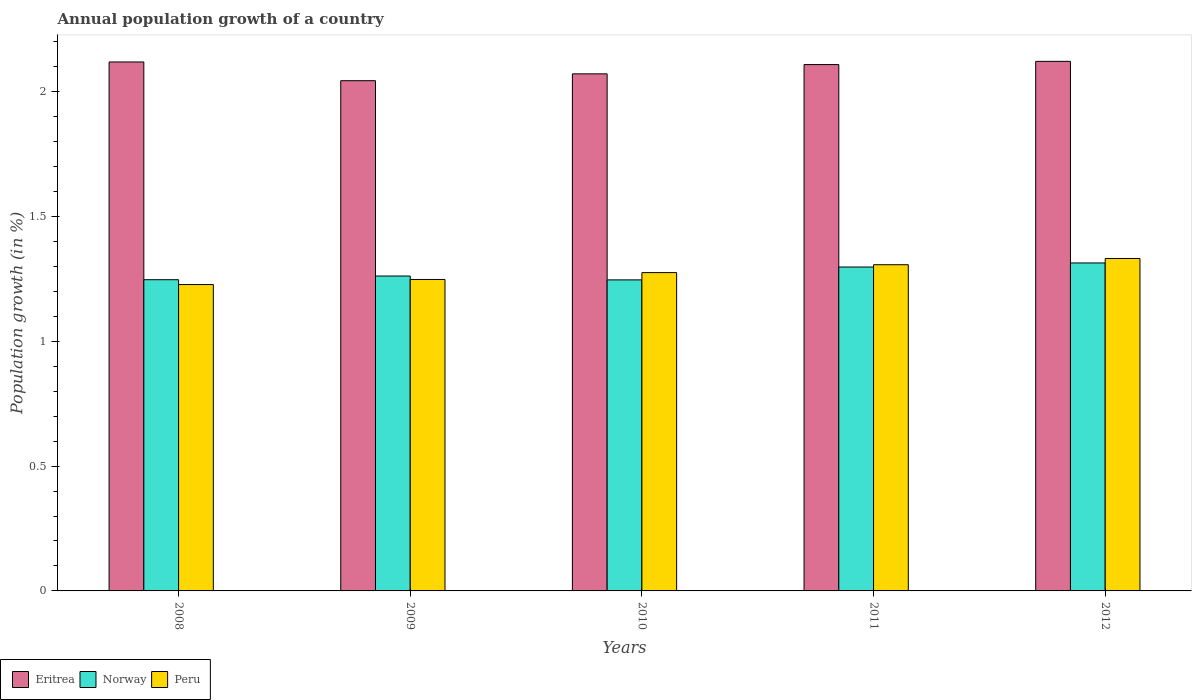
| Years | Eritrea | Norway | Peru |
 | --- | --- | --- | --- |
 | 2008 | 2.12 | 1.25 | 1.23 |
 | 2009 | 2.04 | 1.26 | 1.25 |
 | 2010 | 2.07 | 1.25 | 1.27 |
 | 2011 | 2.11 | 1.3 | 1.31 |
 | 2012 | 2.12 | 1.31 | 1.33 |